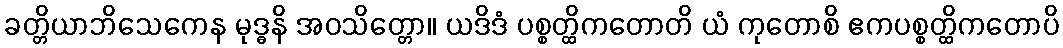
ခတ္တိယာဘိသေကေန မုဒ္ဓနိ အဝသိတ္တော။ ယဒိဒံ ပစ္စတ္ထိကတောတိ ယံ ကုတောစိ ဧကပစ္စတ္ထိကတောပိ